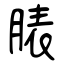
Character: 脿